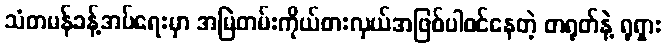
သံတမန်ခန့်အပ်ရေးမှာ အမြဲတမ်းကိုယ်စားလှယ်အဖြစ်ပါဝင်နေတဲ့ တရုတ်နဲ့ ရုရှား